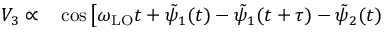
\begin{array} { r l } { V _ { 3 } \propto } & { { } \cos \left[ \omega _ { \mathrm { L O } } t + \tilde { \psi } _ { 1 } ( t ) - \tilde { \psi } _ { 1 } ( t + \tau ) - \tilde { \psi } _ { 2 } ( t ) \right. } \end{array}